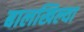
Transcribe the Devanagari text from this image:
बालखिल्या